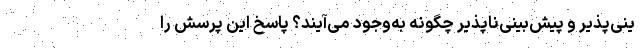
ینی‌پذیر و پیش‌بینی‌ناپذیر چگونه به‌وجود می‌آیند؟ پاسخ این پرسش را